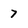
Character: 7